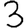
Digit: 3